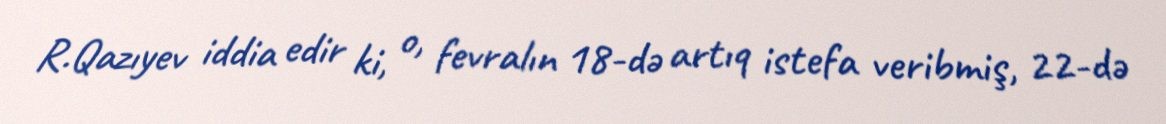
R.Qazıyev iddia edir ki, o, fevralın 18-də artıq istefa veribmiş, 22-də